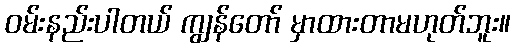
ဝမ်းနည်းပါတယ် ကျွန်တော် မှာထားတာမဟုတ်ဘူး။